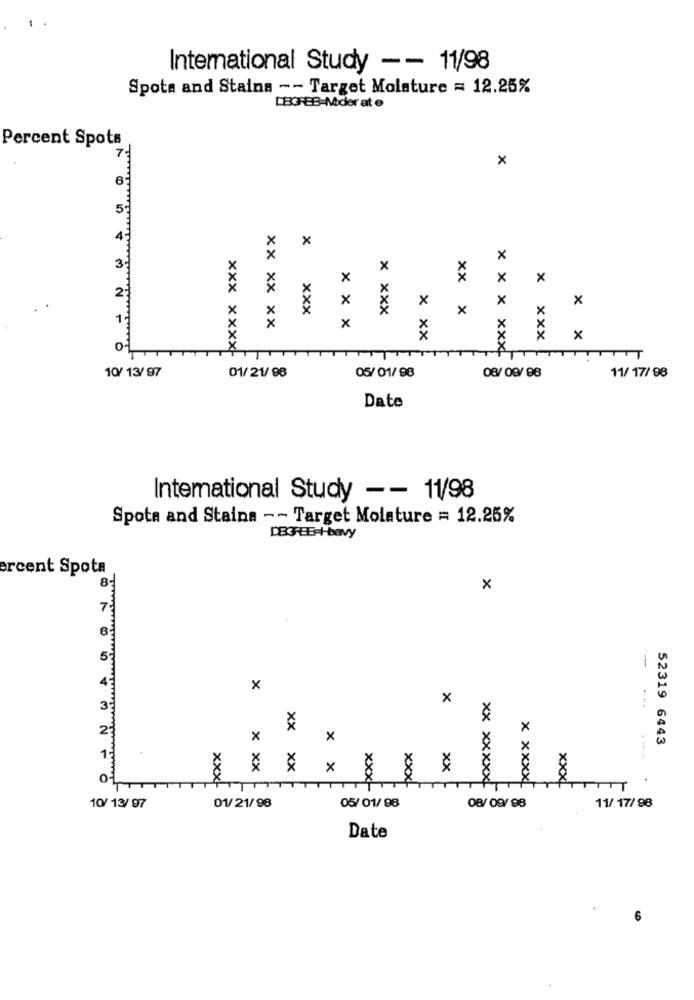
International Study -- 11/98
Spots and Stains -- Target Molature = 12.25%
LBGREB-Mder at e
Percent Spots
7
.
X
5
4
X
2:
x
xxx
x xxx
xx x
1:
xx xx xx
x x x
x xx
x xxx
× ×
O
x x x xxx
TTT
10/ 13/ 97
xxx xxxx- 0
08/ 09/ 98
01/ 21/ 98
05/ 01/ 98
11/ 17/98
Date
Intemational Study -- 11/98
Spota and Staina -- Target Molature = 12.25%
ercent Spota
8
X
7
5:
X
x
....
2
xx
52319 6443
---
x xx
XX
x x
xx
O
04
xxxl
xxx-
xxx-
xxx-
xx xxxxx
x xxxx
10/ 13/ 97
01/21/98
05/ 01/ 98
08/09/98
11/ 17/98
Date
6